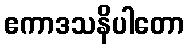
ဧကာဒသနိပါတော